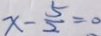
x - \frac { 5 } { 2 } = 0